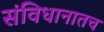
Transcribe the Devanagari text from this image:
संविधानातच